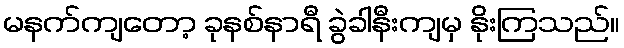
မနက်ကျတော့ ခုနစ်နာရီ ခွဲခါနီးကျမှ နိုးကြသည်။